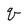
Character: q